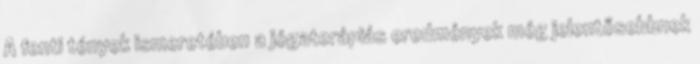
A fenti tények ismeretében a jógaterápiás eredmények még jelentősebbnek